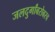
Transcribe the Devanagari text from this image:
जलदुर्गांबरोबरच